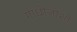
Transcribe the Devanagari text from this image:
गांधीजींशी